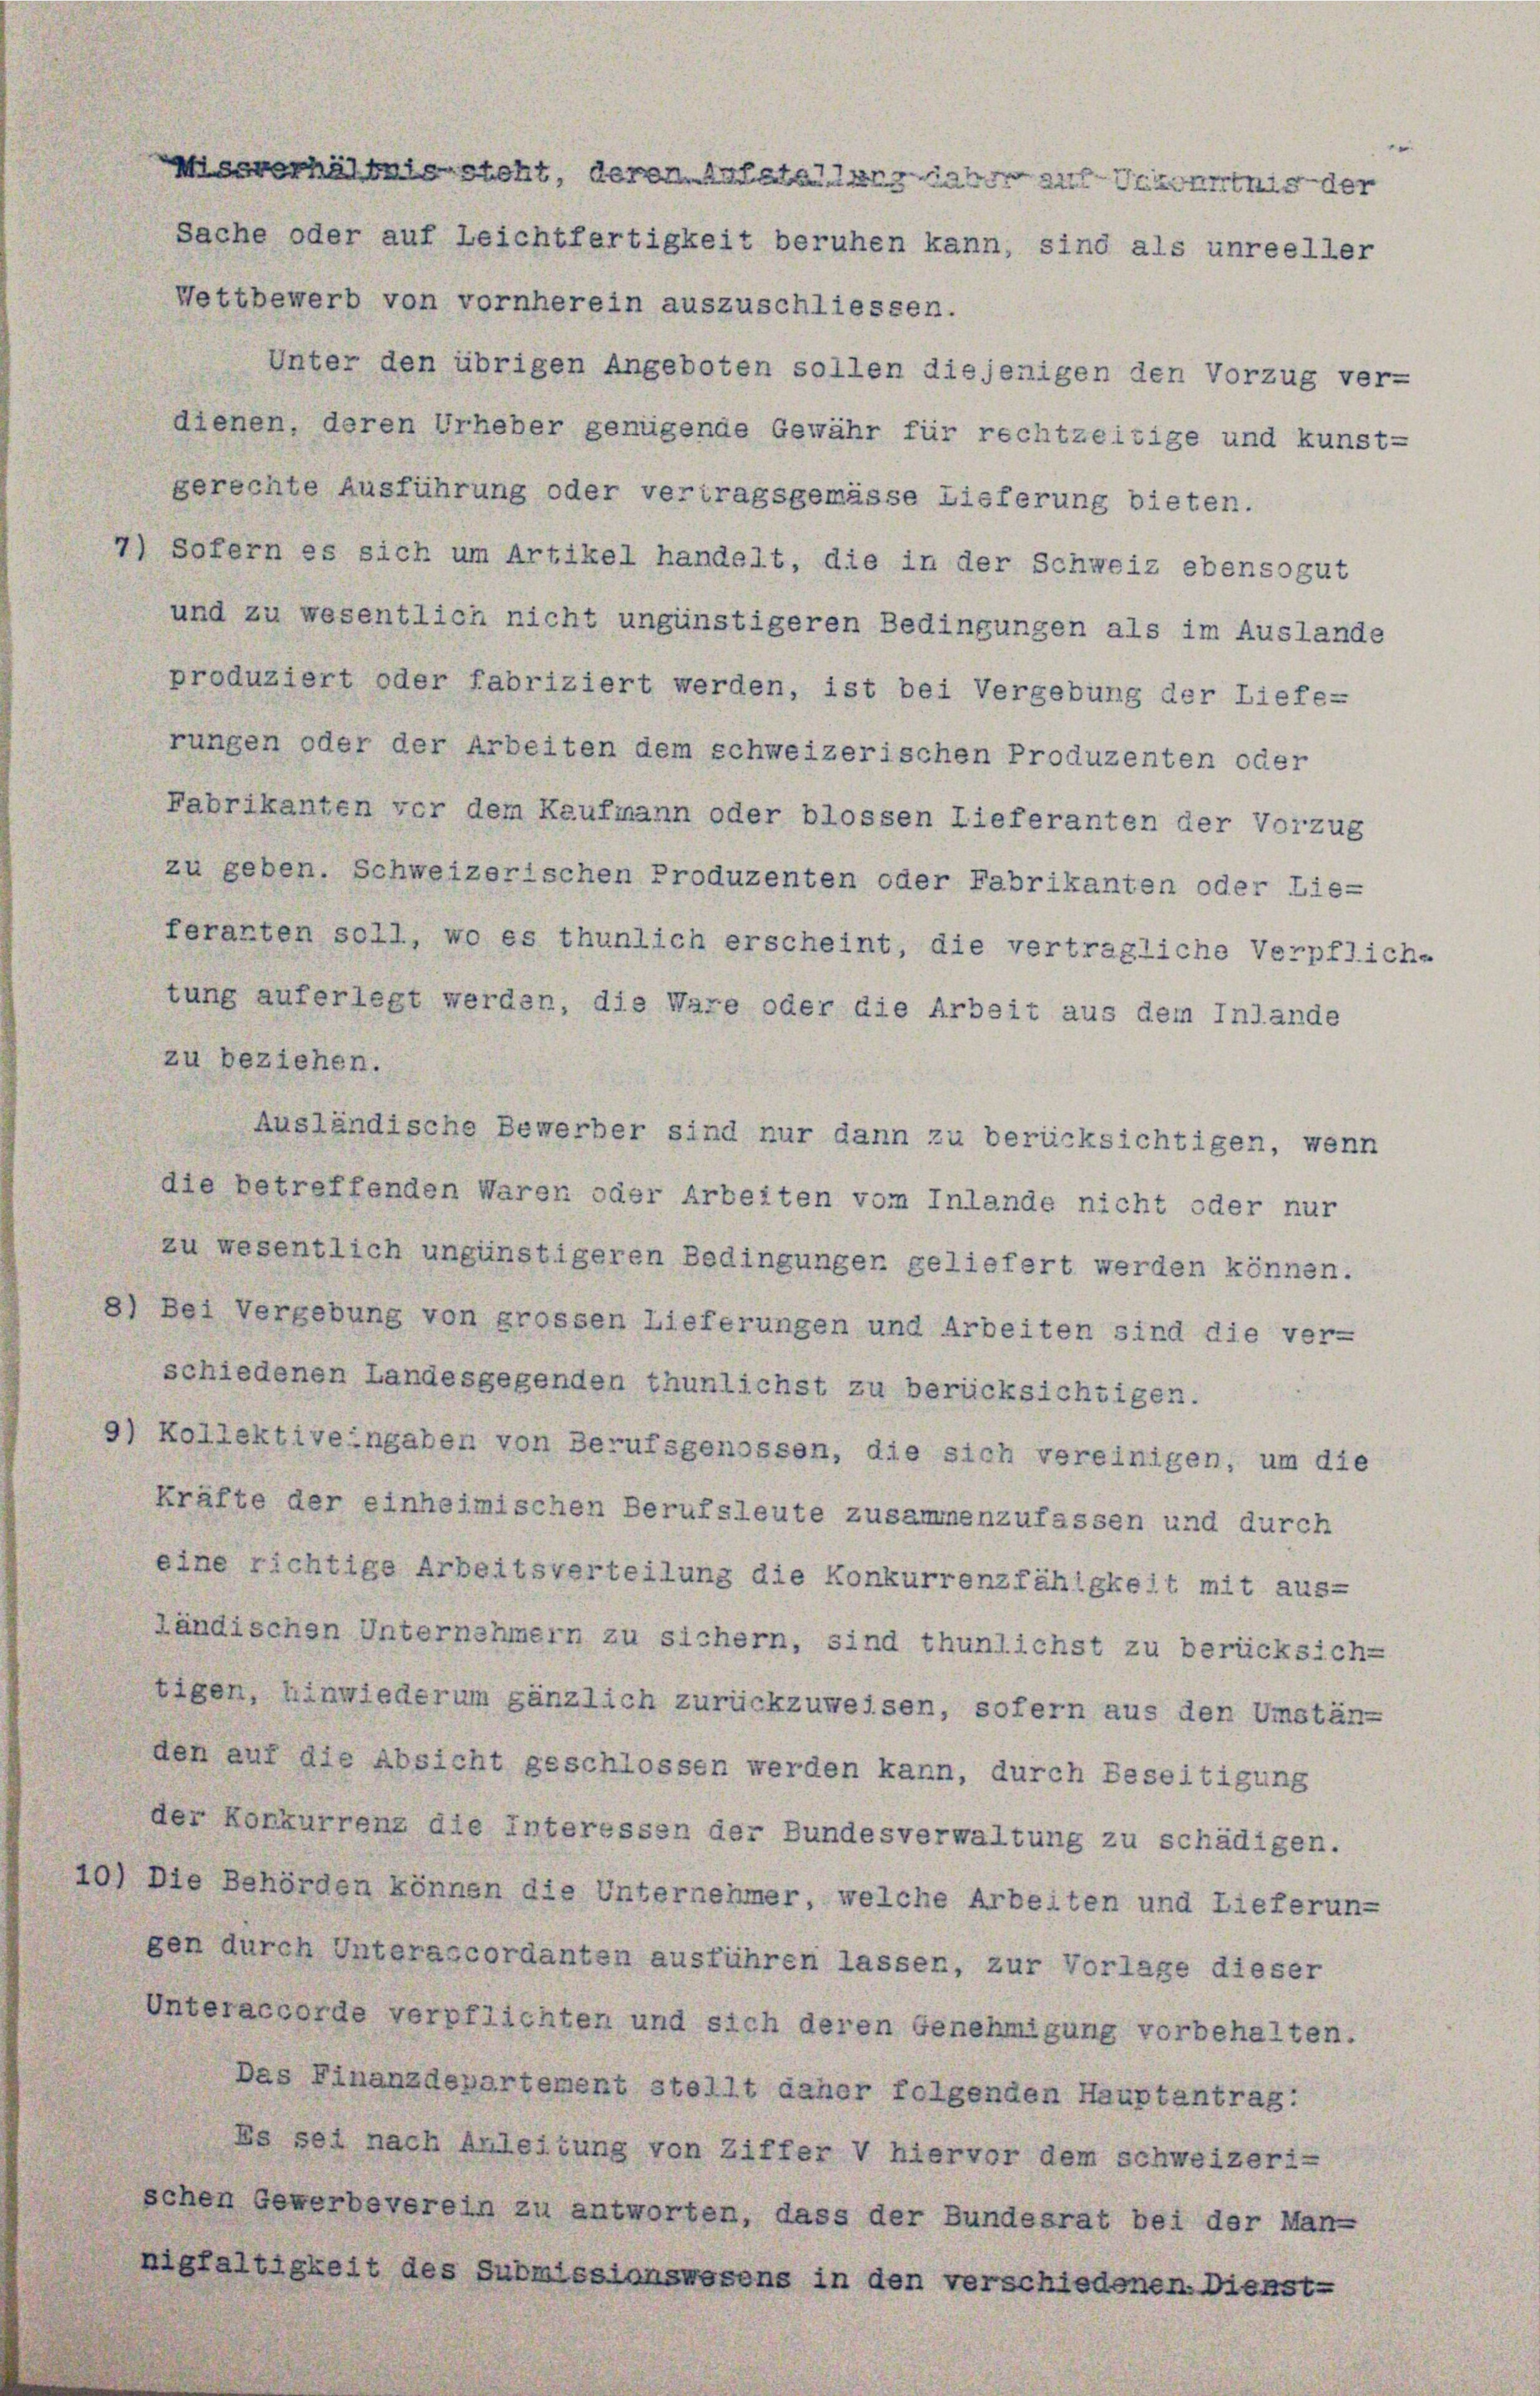
Wettbewerb von vornherein auszuschliessen.
Unter den übrigen Angeboten sollen diejenigen den Vorzug ver-
dienen, deren Urheber genügende Gewähr für rechtzeitige und kunst-
gerechte Ausführung oder vertragsgemässe Lieferung bieten.
7) Sofern es sich um Artikel handelt, die in der Schweiz ebensogut
und zu wesentlich nicht ungünstigeren Bedingungen als im Auslande
produziert oder fabriziert werden, ist bei Vergebung der Liefe-
rungen oder der Arbeiten dem schweizerischen Produzenten oder
Fabrikanten vor dem Kaufmann oder blossen Lieferanten der Vorzug
zu geben. Schweizerischen Produzenten oder Fabrikanten oder Lie-
feranten soll, wo es thunlich erscheint, die vertragliche Verpflich-
tung auferlegt werden, die Ware oder die Arbeit aus dem Inlande
zu beziehen.
Ausländische Bewerber sind nur dann zu berücksichtigen, wenn
die betreffenden Waren oder Arbeiten vom Inlande nicht oder nur
zu wesentlich ungünstigeren Bedingungen geliefert werden können.
8) Bei Vergebung von grossen Lieferungen und Arbeiten sind die ver-
schiedenen Landesgegenden thunlichst zu berücksichtigen.
9) Kollektiveingaben von Berufsgenossen, die sich vereinigen, um die
Kräfte der einheimischen Berufsleute zusammenzufassen und durch
eine richtige Arbeitsverteilung die Konkurrenzfähigkeit mit aus-
Ländischen Unternehmern zu sichern, sind thunlichst zu berücksich-
tigen, hinwiederum gänzlich zurückzuweisen, sofern aus den Umstän-
den auf die Absicht geschlossen werden kann, durch Beseitigung
der Konkurrenz die interessen der Bundesverwaltung zu schädigen.
10) Die Behörden können die Unternehmer, welche Arbeiten und Lieferun-
gen durch Unterascordanten ausführen lassen, zur Vorlage dieser
Unteraccorde verpflichten und sich deren Genehmigung vorbehalten.
Das Finanzdepartement stellt daher folgenden Hauptantrag:
Es sei nach Anleitung von Ziffer V hiervor dem schweizeri-
schen Gewerbeverein zu antworten, dass der Bundesrat bei der Man-
nigfaltigkeit des Submissionswesens in den verschiedenen. Dienst-

esverhältnis steht, deren Aufatallung aber auf Ackertnis der
Sache oder auf Leichtfertigkeit beruhen kann, sind als unreeller